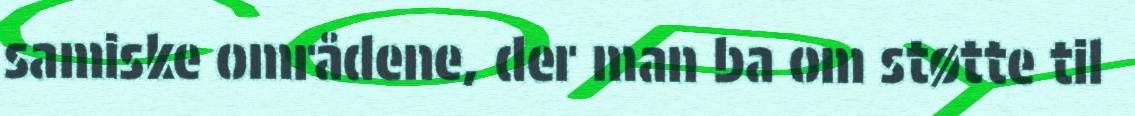
samiske områdene, der man ba om støtte til